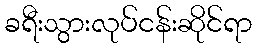
ခရီးသွားလုပ်ငန်းဆိုင်ရာ